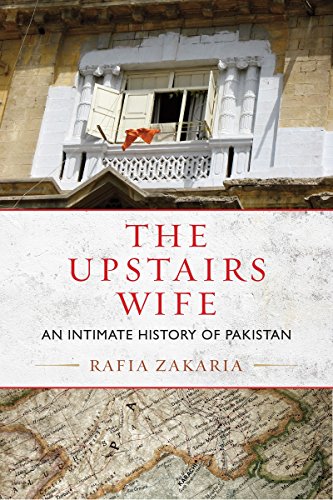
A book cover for The Upstairs Wife: An Intimate History of Pakistan; Rafia Zakaria; Biographies & Memoirs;